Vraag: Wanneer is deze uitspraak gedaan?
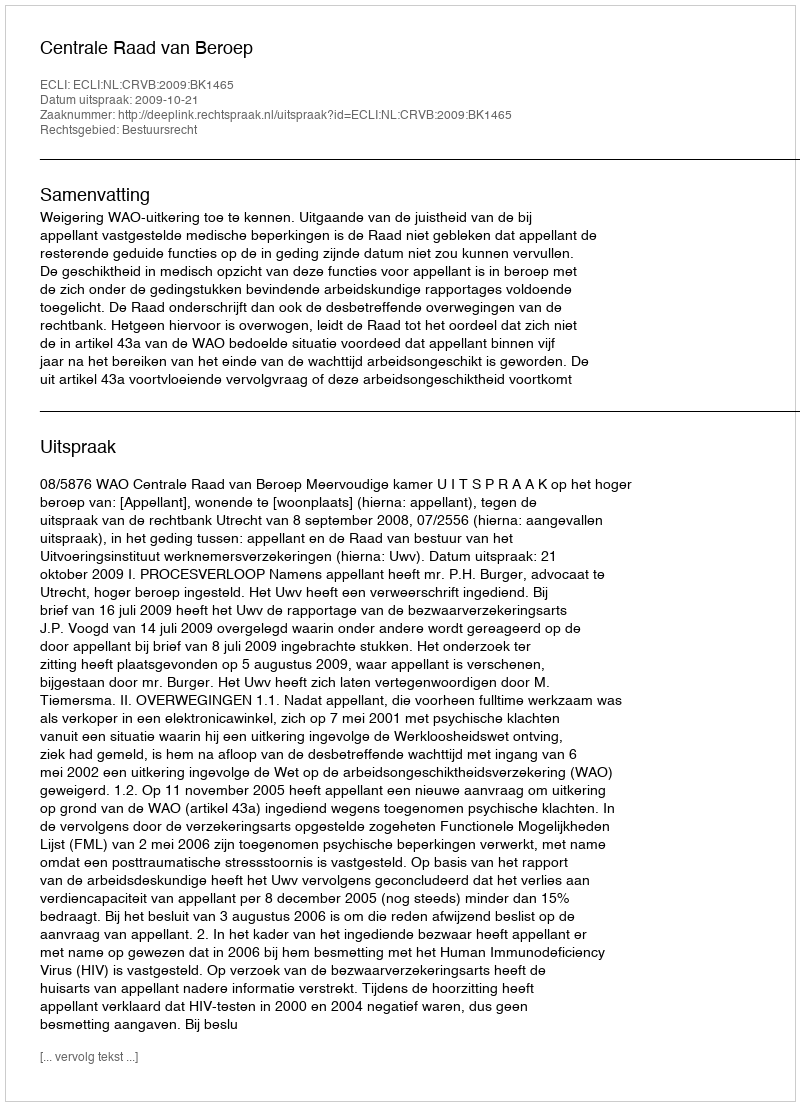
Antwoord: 2009-10-21